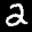
Label: 2